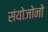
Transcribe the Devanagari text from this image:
संयोजोनो